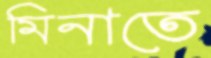
মিনাতে